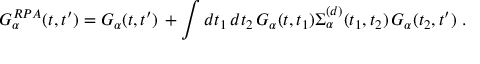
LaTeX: G _ { \alpha } ^ { R P A } ( t , t ^ { \prime } ) = G _ { \alpha } ( t , t ^ { \prime } ) \, + \int d t _ { 1 } \, d t _ { 2 } \, G _ { \alpha } ( t , t _ { 1 } ) \Sigma _ { \alpha } ^ { ( d ) } ( t _ { 1 } , t _ { 2 } ) \, G _ { \alpha } ( t _ { 2 } , t ^ { \prime } ) ~ .